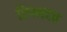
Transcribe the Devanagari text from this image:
रिषभदत्त